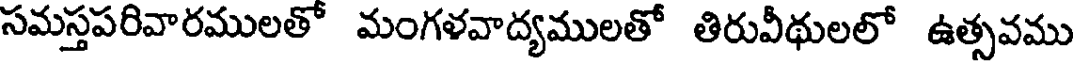
సమస్తపరివారములతో మంగళవాద్యములతో తిరువీథులలో ఉత్సవము